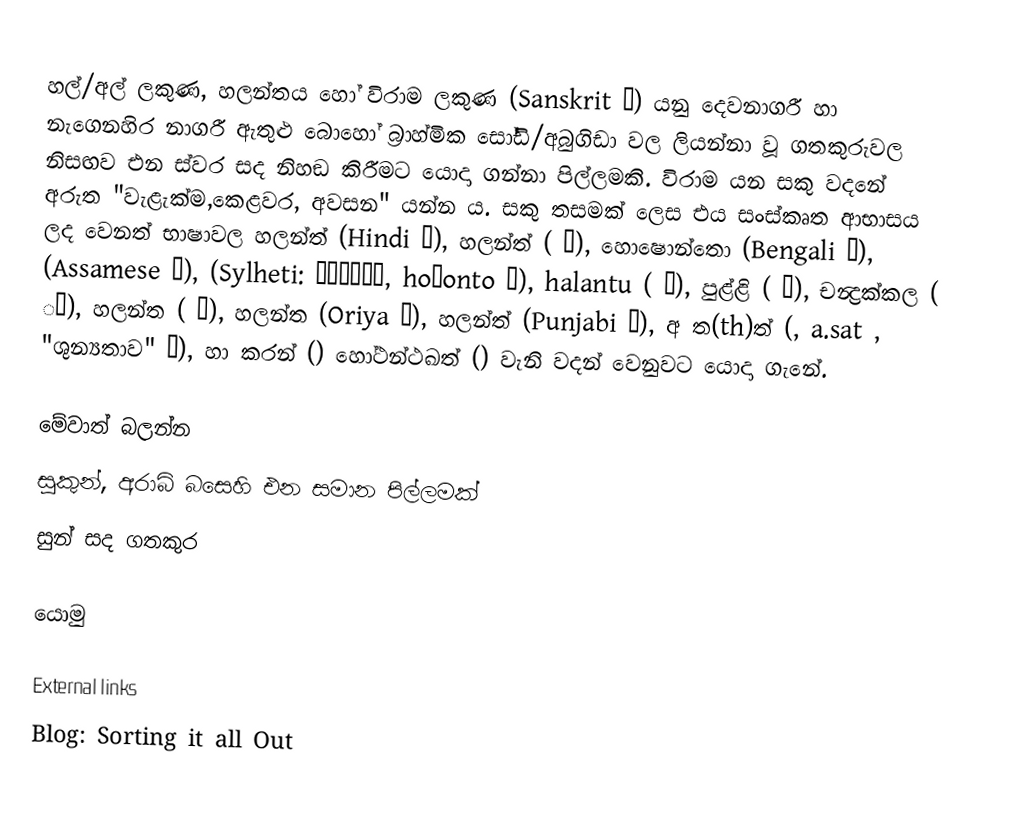
හල්/අල් ලකුණ, හලන්තය හෝ විරාම ලකුණ (Sanskrit ्) යනු දෙවනාගරී හා නැගෙනහිර නාගරී ඇතුළු බොහෝ බ්‍රාහ්මික සෝඩි/අබුගිඩා වල ලියන්නා වූ ගතකුරුවල නිසඟව එන ස්වර සද නිහඞ කිරීමට යොදා ගන්නා පිල්ලමකි. විරාම යන සකු වදනේ අරුත "වැළැක්ම,කෙළවර, අවසන" යන්න ය. සකු තසමක් ලෙස එය සංස්කෘත ආභාසය ලද වෙනත් භාෂාවල හලන්ත් (Hindi ्), හලන්ත් ( ्), හොෂොන්තො (Bengali  ্), (Assamese  ্),  (Sylheti: ꠢꠡꠘ꠆ꠔꠧ, hośonto  ꠆), halantu ( ్), පුළ්ළි ( ்), චන්‍ද්‍රක්කල ( ്), හලන්ත ( ್), හලන්ත (Oriya ୍), හලන්ත් (Punjabi ୍), අ ත(th)ත් (, a.sat ,  "ශුන්‍යතාව" ်), හා කරන් () හෝථන්ථඛත් () වැනි වදන් වෙනුවට යොදා ගැනේ.

මේවාත් බලන්න
 සුකුන්, අරාබි බසෙහි එන සමාන පිල්ලමක්
 සුන් සද ගතකුර

යොමු

External links
 Blog: Sorting it all Out